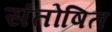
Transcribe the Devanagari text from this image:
संतोषित